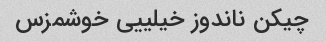
چیکن ناندوز خیلییی خوشمزس